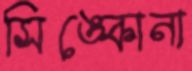
সিঙ্কোনা